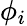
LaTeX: \phi_{i}